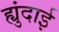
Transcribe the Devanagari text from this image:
ह्युंदाई